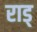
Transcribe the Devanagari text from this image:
राड्